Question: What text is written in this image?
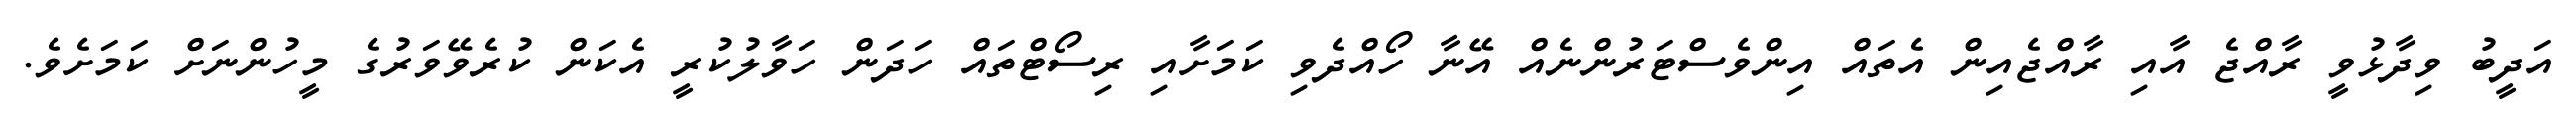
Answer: އަދީބު ވިދާޅުވީ ރާއްޖެ އާއި ރާއްޖެއިން އެތައް އިންވެސްޓަރުންނެއް އޭނާ ހޯއްދެވި ކަމަށާއި ރިސޯޓްތައް ހަދަން ހަވާލުކުރީ އެކަން ކުރެވޭވަރުގެ މީހުންނަށް ކަމަށެވެ.